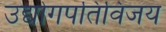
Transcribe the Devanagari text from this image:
उद्योगपतिविजय